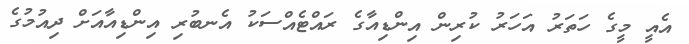
އެއީ މީގެ ހަތަރު އަހަރު ކުރިން އިންޑިއާގެ ރައްޓެއްސަކު އެނބުރި އިންޑިއާއަށް ދިއުމުގެ